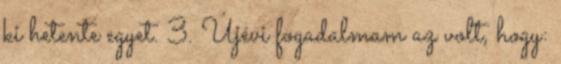
ki hetente egyet. 3. Újévi fogadalmam az volt, hogy: